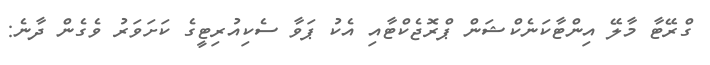
ގްރޭޓާ މާލޭ އިންޓާކަނެކްޝަން ޕްރޮޖެކްޓާއި އެކު ޕަވާ ސެކިއުރިޓީގެ ކަށަވަރު ވެގެން ދާނެ: